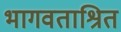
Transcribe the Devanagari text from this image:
भागवताश्रित